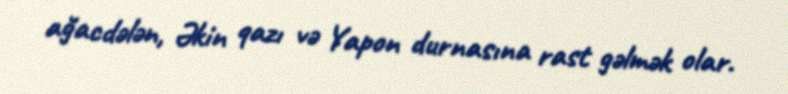
ağacdələn, Əkin qazı və Yapon durnasına rast gəlmək olar.